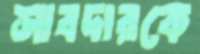
সাবদারকে